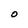
Character: O